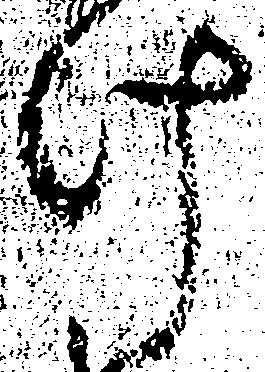
け